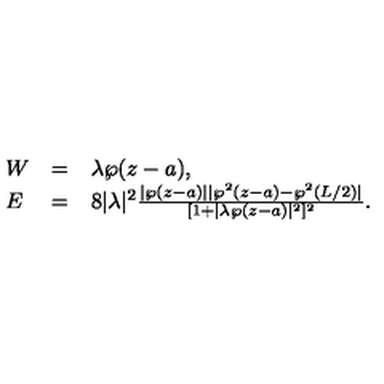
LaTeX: \left. \begin{array} { l l l } { W } & { = } & { \lambda \wp ( z - a ) , } \\ { E } & { = } & { 8 | \lambda | ^ { 2 } \frac { | \wp ( z - a ) | | \wp ^ { 2 } ( z - a ) - \wp ^ { 2 } ( L / 2 ) | } { [ 1 + | \lambda \wp ( z - a ) | ^ { 2 } ] ^ { 2 } } . } \\ \end{array} \right.